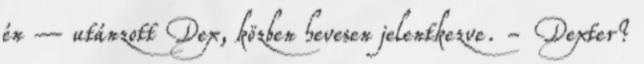
én – utánzott Dex, közben hevesen jelentkezve. - Dexter?